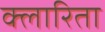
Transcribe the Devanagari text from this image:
क्लारिता